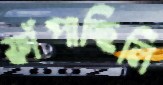
ফাঁপাচ্ছিলি